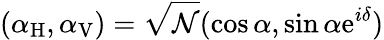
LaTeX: (\alpha_{\mathrm{H}},\alpha_{\mathrm{V}})=\sqrt{\mathcal N}(\cos\alpha,\sin\alpha\mathrm{e}^{i\delta})